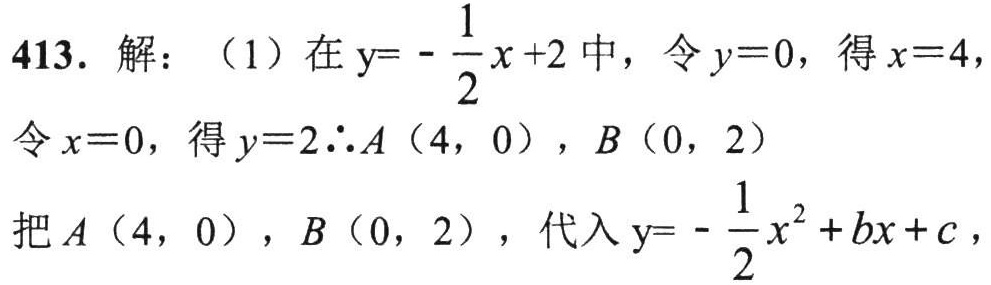
413. 解：（1）在\(y = -\frac{1}{2}x + 2\)中，令\(y = 0\)，得\(x = 4\)，
令\(x = 0\)，得\(y = 2\therefore A(4,0)\)，\(B(0,2)\)
把\(A(4,0)\)，\(B(0,2)\)，代入\(y = -\frac{1}{2}x^{2}+bx + c\)，